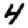
Digit: 4